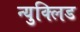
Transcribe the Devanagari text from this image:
न्युक्लिड